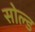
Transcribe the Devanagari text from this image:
सोल्‍ड